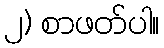
၂) စာဖတ်ပါ။